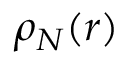
\rho _ { N } ( r )